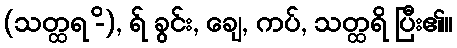
(သတ္ထရ -ိ), ရ် ခွင်း, ချေ, ကပ်, သတ္ထရိ ပြီး၏။